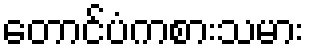
တောင်ပံကစားသမား